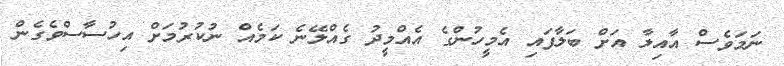
ނަމަވެސް އާއިލާ އަށް ބަލާފައި އެމީހުންގެ އެއްމީދު ގެއްލޭނެ ކަމެއް ނުކުރުމަށް އިހުސާސްވެގެން